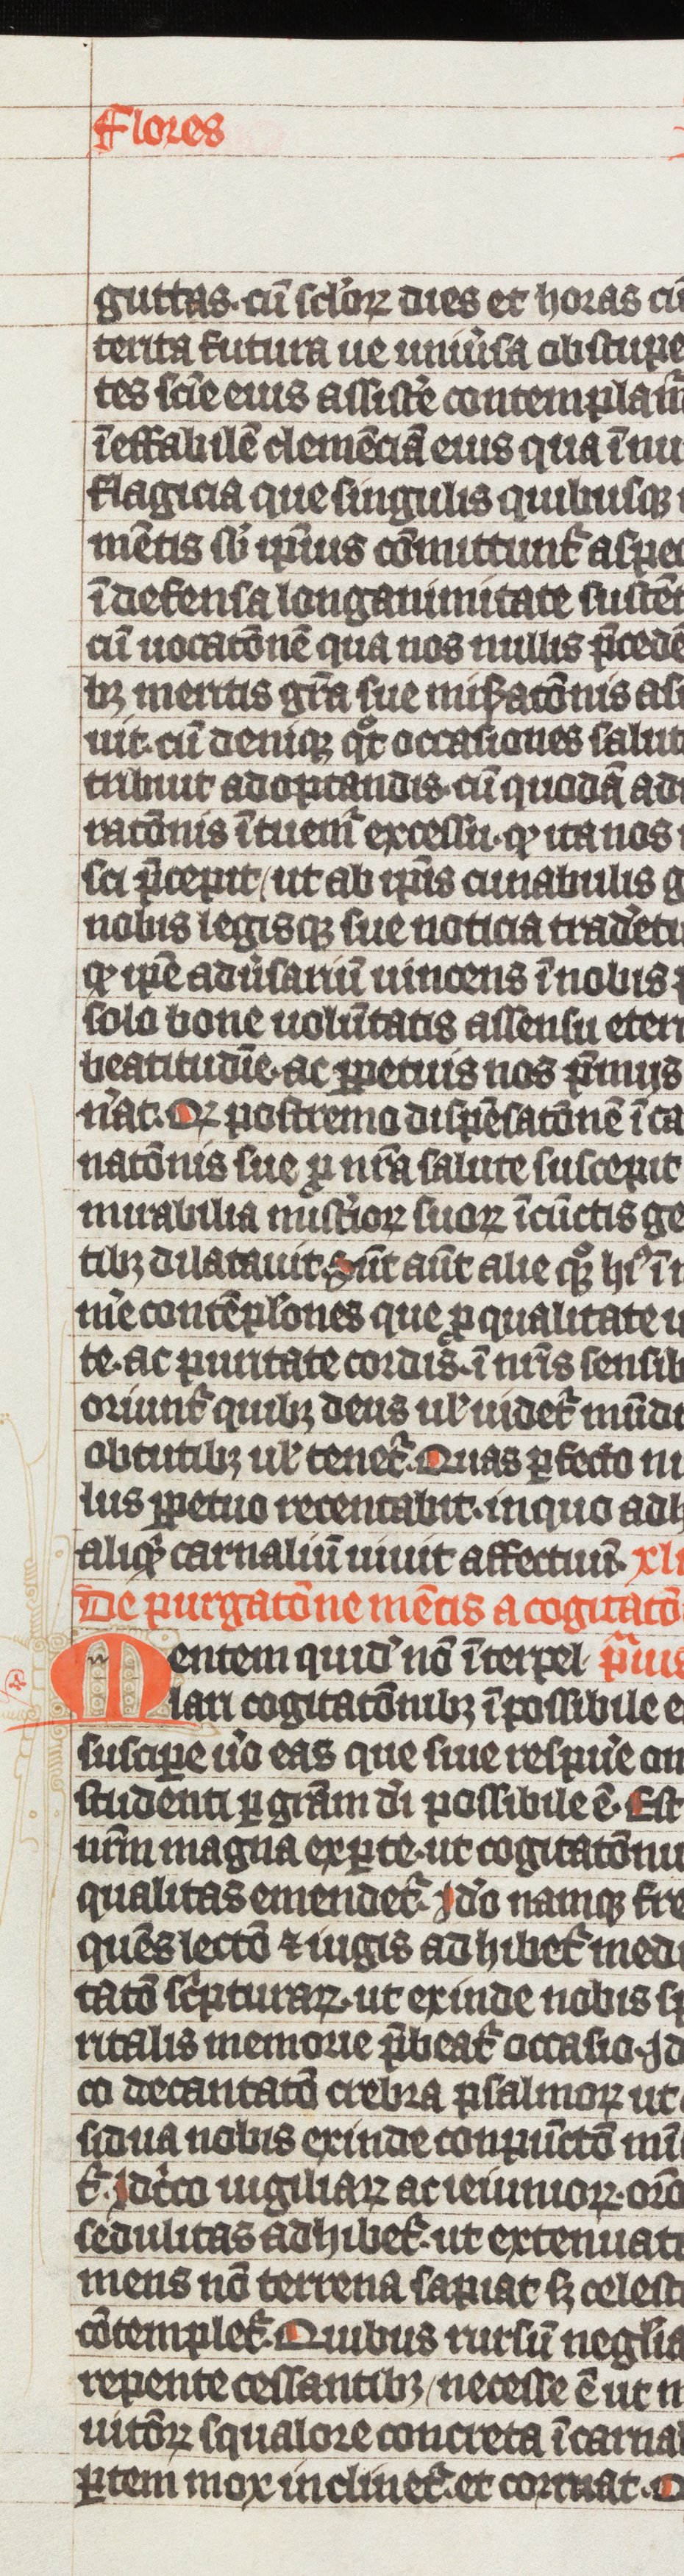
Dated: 1338–1340